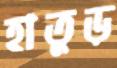
হাতুড়